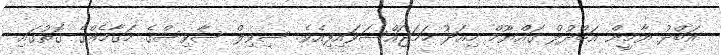
އަބްދު ޔާމީން އަބްދުލް ގައްޔޫމް މިއަދު ހަމަޖައްސަވައިފިއެވެ. ސިވިލް ސާވިސްގެ މަގާމެއްގެ ގޮތުގައި